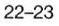
22-23